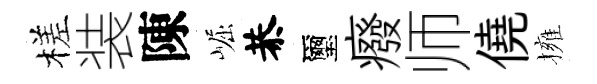
槎装陳崛恭璽癈师僥擁